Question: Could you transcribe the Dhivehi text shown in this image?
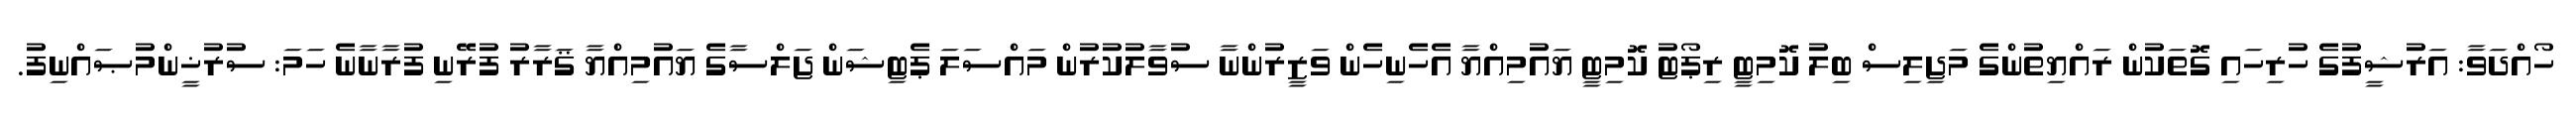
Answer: ހޯއްދަވާ: އަރުޝީފުގެ ހުރިހައި ގޮތަކުން ރައްޔިތުންގެ މަޖިލިސް ބިލު ކޮމިޓީ ރިޕޯޓު ކޮމިޓީ ޔައުމިއްޔާ އެހެނިހެން ވަޒީރުންނާ ސުވާލުކުރުން މައްސަލަ ޕެޓިޝަން ޖަލްސާގެ ޔައުމިއްޔާ ޤަރާރު ފުރޭނި ފުރާނާނެ ހަމަ: ސުރުޚީންމުޞައްނިފު.